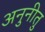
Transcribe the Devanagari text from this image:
अनुनीतु